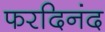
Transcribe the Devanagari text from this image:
फरदिनंद